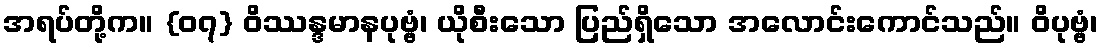
အရပ်တို့က။ {၀၇} ဝိဿန္ဒမာနပုဗ္ဗံ၊ ယိုစီးသော ပြည်ရှိသော အလောင်းကောင်သည်။ ဝိပုဗ္ဗံ၊